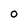
Character: O